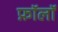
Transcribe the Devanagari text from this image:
फ़ॉलॉ